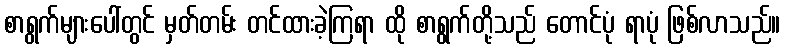
စာရွက်များပေါ်တွင် မှတ်တမ်း တင်ထားခဲ့ကြရာ ထို စာရွက်တို့သည် တောင်ပုံ ရာပုံ ဖြစ်လာသည်။